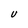
Character: U